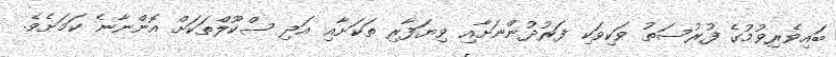
ބައިވެރިވުމުގެ ފުރުސަތު ވަކިވަކި ފަރުދުންނަށާއި ވިޔަފާރި ތަކަށާއި އަދި ސްކޫލްތަކަށް އޮންނާނެ ކަަމަށެވެ.